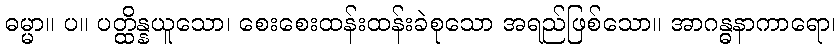
ဓမ္မာ။ ပ။ ပတ္ထိန္နယူသော၊ စေးစေးထန်းထန်းခဲစုသော အရည်ဖြစ်သော။ အာဂန္ဓနာကာရော၊